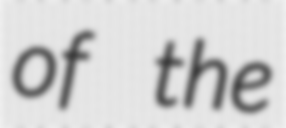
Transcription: of the